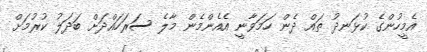
އެމީހުންގެ ކުޅަނދު ތައް ދެން ހަމަވާނީ އެއެންމެން މާލެ ސަރަހައްދަށް ބަދަލު ކުރުމަށް